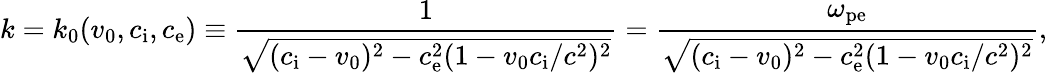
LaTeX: k=k_{0}(v_{0},c_{\mathrm{i}},c_{\mathrm{e}})\equiv\frac{1}{\sqrt{(c_{\mathrm{i}}-v_{0})^{2}-c_{\mathrm{e}}^{2}(1-v_{0}c_{\mathrm{i}}/c^{2})^{2}}}=\frac{\omega_{\mathrm{pe}}}{\sqrt{(c_{\mathrm{i}}-v_{0})^{2}-c_{\mathrm{e}}^{2}(1-v_{0}c_{\mathrm{i}}/c^{2})^{2}}},